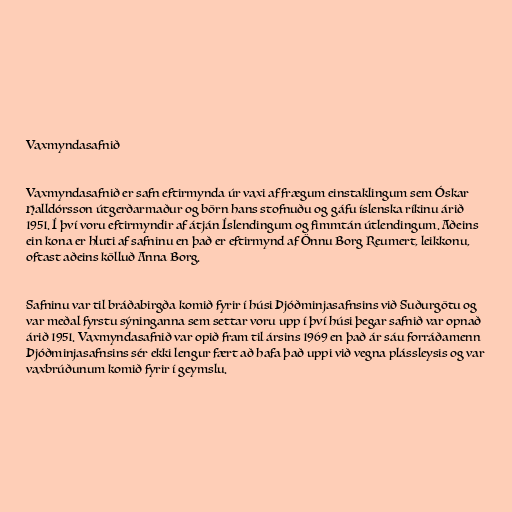
Vaxmyndasafnið

Vaxmyndasafnið er safn eftirmynda úr vaxi af frægum einstaklingum sem Óskar
Halldórsson útgerðarmaður og börn hans stofnuðu og gáfu íslenska ríkinu árið
1951. Í því voru eftirmyndir af átján Íslendingum og fimmtán útlendingum. Aðeins
ein kona er hluti af safninu en það er eftirmynd af Önnu Borg Reumert, leikkonu,
oftast aðeins kölluð Anna Borg.

Safninu var til bráðabirgða komið fyrir í húsi Þjóðminjasafnsins við Suðurgötu og
var meðal fyrstu sýninganna sem settar voru upp í því húsi þegar safnið var opnað
árið 1951. Vaxmyndasafnið var opið fram til ársins 1969 en það ár sáu forráðamenn
Þjóðminjasafnsins sér ekki lengur fært að hafa það uppi við vegna plássleysis og var
vaxbrúðunum komið fyrir í geymslu.